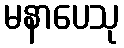
မနာပေသု